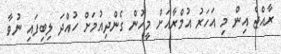
ރާއްޖެ އިން މި އަހަރު އުމްރާއަށް މީހުން ގެންދިއުމަށް ހުއްދަ ލިބިފައި ނުވާ